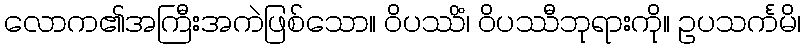
လောက၏အကြီးအကဲဖြစ်သော။ ဝိပဿိံ၊ ဝိပဿီဘုရားကို။ ဥပသင်္ကမိ၊